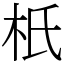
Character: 𣏚